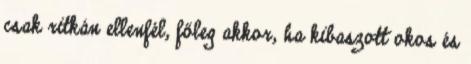
csak ritkán ellenfél, főleg akkor, ha kibaszott okos és